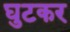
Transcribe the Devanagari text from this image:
घुटकर